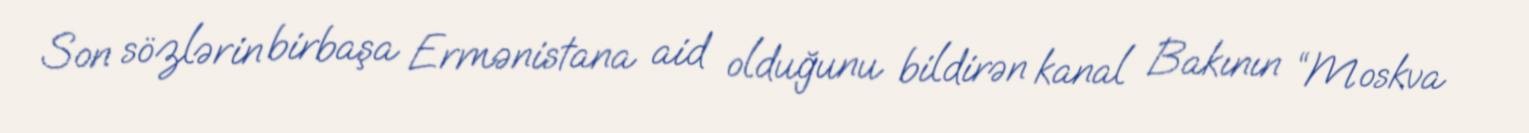
Son sözlərin birbaşa Ermənistana aid olduğunu bildirən kanal Bakının “Moskva